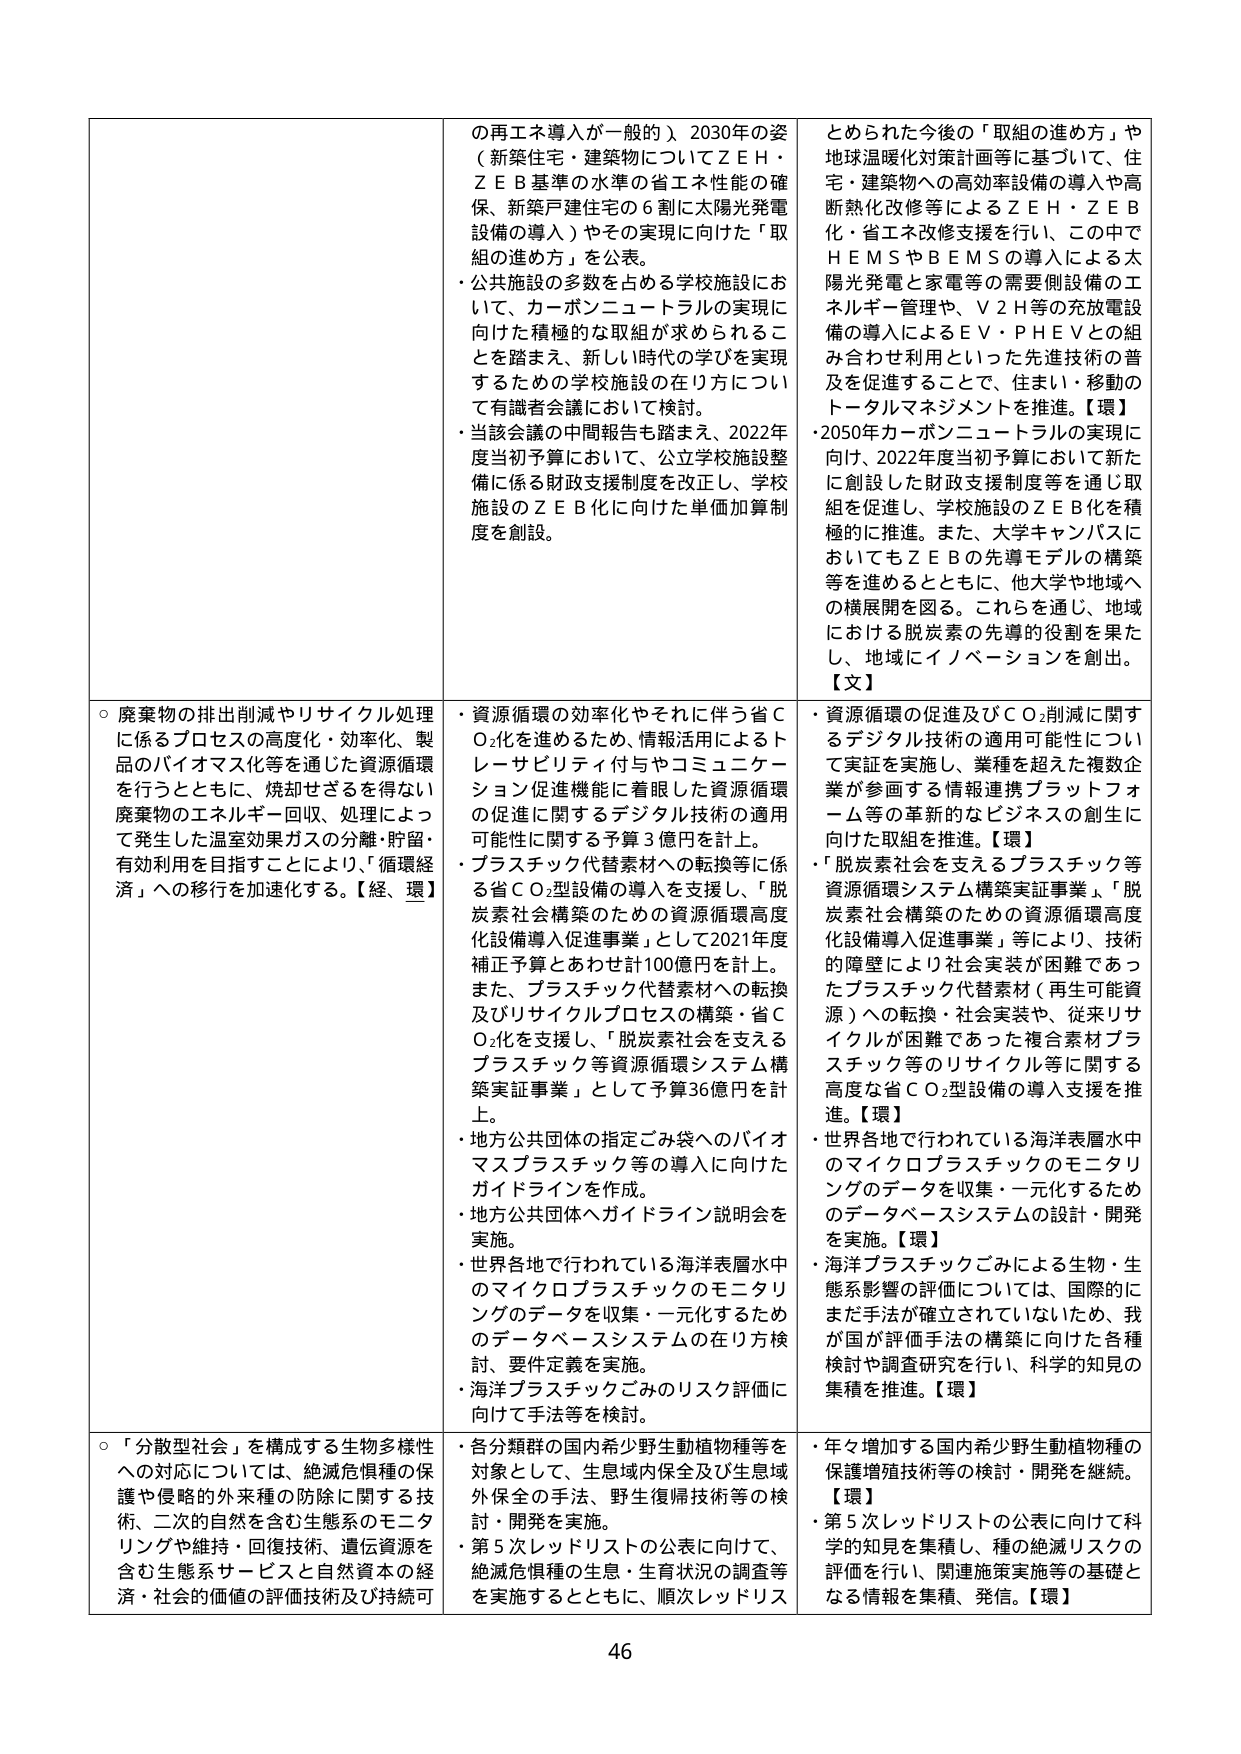
の再エネ導入が一般的）2030年の姿（新築住宅・建築物についてＺＥＨ・ＺＥＢ基準の水準の省エネ性能の確保、新築戸建住宅の６割に太陽光発電設備の導入）やその実現に向けた「取組の進め方」を公表。
・公共施設の多数を占める学校施設において、カーボンニュートラルの実現に向けた積極的な取組が求められることを踏まえ、新しい時代の学びを実現するための学校施設の在り方について有識者会議において検討。
・当該会議の中間報告も踏まえ、2022年度当初予算において、公立学校施設整備に係る財政支援制度を改正し、学校施設のＺＥＢ化に向けた単価加算制度を創設。

とめられた今後の「取組の進め方」や地球温暖化対策計画等に基づいて、住宅・建築物への高効率設備の導入や高断熱化改修等によるＺＥＨ・ＺＥＢ化・省エネ改修支援を行い、この中でＨＥＭＳやＢＥＭＳの導入による太陽光発電と家電等の需要創設設備のエネルギー管理や、Ｖ２Ｈ等の充放電設備の導入によるＥＶ・ＰＨＥＶとの組み合わせ利用といった先進技術の普及を促進することで、住まい・移動のトータルマネジメントを推進。【環】
・2050年カーボンニュートラルの実現に向け、2022年度当初予算において新たに創設した財政支援制度等を通じ取組を促進し、学校施設のＺＥＢ化を積極的に推進。また、大学キャンパスにおいてもＺＥＢの先導モデルの構築等を進めるとともに、他大学や地域への横展開を図る。これらを通じ、地域における脱炭素の先導的役割を果たし、地域にイノベーションを創出。【文】

○廃棄物の排出削減やリサイクル処理に係るプロセスの高度化・効率化、製品のバイオマス化等を通じた資源循環を行うとともに、焼却せざるを得ない廃棄物のエネルギー回収、処理によって発生した温室効果ガスの分離・貯留・有効利用を目指すことにより、「循環経済」への移行を加速化する。【経、環】
・資源循環の効率化やそれに伴う省ＣＯ₂化を進めるため、情報活用によるトレーサビリティ付与やコミュニケーション促進機能を着眼した資源循環の促進に関するデジタル技術の適用可能性に関する予算３億円を計上。
・プラスチック代替素材への転換等に係る省ＣＯ₂型設備の導入を支援し、「脱炭素社会構築のための資源循環高度化設備導入促進事業」として2021年度補正予算とあわせ計100億円を計上。また、プラスチック代替素材への転換及びリサイクルプロセスの構築・省ＣＯ₂化を支援し、「脱炭素社会を支えるプラスチック等資源循環システム構築実証事業」として予算36億円を計上。
・地方公共団体の指定ごみ袋へのバイオマスプラスチック等の導入に向けたガイドラインを作成。
・地方公共団体へガイドライン説明会を実施。
・世界各地で行われている海洋表層水中のマイクロプラスチックのモニタリングのデータを収集・一元化するためのデータベースシステムの在り方検討、要件定義を実施。
・海洋プラスチックごみのリスク評価に向けて手法等を検討。

・資源循環の促進及びＣＯ₂削減に関するデジタル技術の適用可能性について実証を実施し、業種を超えた複数企業が参画する情報連携プラットフォーム等の革新的なビジネスの創生に向けた取組を推進。【環】
・「脱炭素社会を支えるプラスチック等資源循環システム構築実証事業」、「脱炭素社会構築のための資源循環高度化設備導入促進事業」等により、技術的障壁により社会実装が困難であったプラスチック代替素材（再生可能資源）への転換・社会実装や、従来リサイクルが困難であった複合素材プラスチック等のリサイクル等に関する高度な省ＣＯ₂型設備の導入支援を推進。【環】
・世界各地で行われている海洋表層水中のマイクロプラスチックのモニタリングのデータを収集・一元化するためのデータベースシステムの設計・開発を実施。【環】
・海洋プラスチックごみによる生物・生態系影響の評価については、国際的にまだ手法が確立されていないため、我が国が評価手法の構築に向けた各種検討や調査研究を行い、科学的知見の集積を推進。【環】

○「分散型社会」を構成する生物多様性への対応については、絶滅危惧種の保護や侵略的外来種の防除に関する技術、二次的自然を含む生態系のモニタリングや維持・回復技術、遺伝資源を含む生態系サービスと自然資本の経済・社会的価値の評価技術及び持続可
・各分類群の国内希少野生動植物種等を対象として、生息域内保全及び生息域外保全の手法、野生復帰技術等の検討・開発を実施。
・第５次レッドリストの公表に向けて、絶滅危惧種の生息・生育状況の調査等を実施するとともに、順次レッドリス
・年々増加する国内希少野生動植物種の保護増殖技術等の検討・開発を継続。【環】
・第５次レッドリストの公表に向けて科学的知見を集積し、種の絶滅リスクの評価を行い、関連施策実施等の基礎となる情報を集積、発信。【環】

46